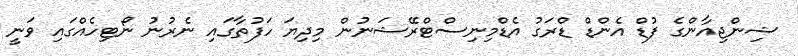
ޝިންޖިއާންގެ ފުޑް އެންޑް ޑްރަގު އެޑްމިނިސްޓްރޭޝަނުން މިދިޔަ ހަފުތާގައި ނެރުނު ނޯޓިހެއްގައި ވަނީ